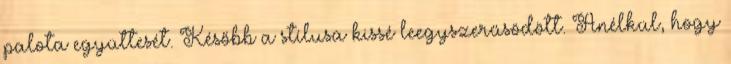
palota együttesét. Később a stílusa kissé leegyszerűsödött. Anélkül, hogy